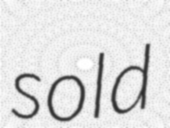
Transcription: sold